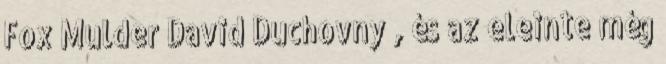
Fox Mulder David Duchovny , és az eleinte még